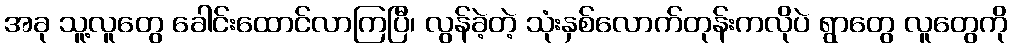
အခု သူ့လူတွေ ခေါင်းထောင်လာကြပြီ၊ လွန်ခဲ့တဲ့ သုံးနှစ်လောက်တုန်းကလိုပဲ ရွာတွေ လူတွေကို